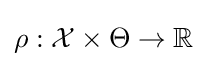
\rho :{\mathcal {X}}\times \Theta \to \mathbb {R}